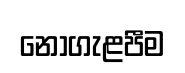
නොගැළපීම